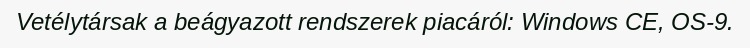
Vetélytársak a beágyazott rendszerek piacáról: Windows CE, OS-9.